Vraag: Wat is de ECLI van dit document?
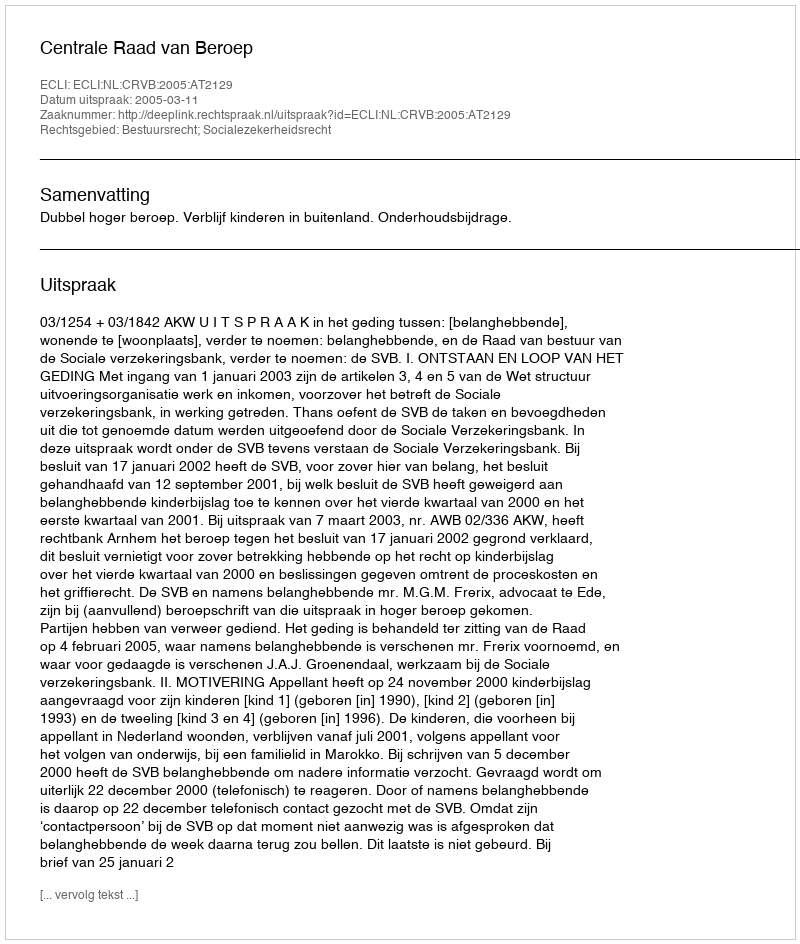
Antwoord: ECLI:NL:CRVB:2005:AT2129